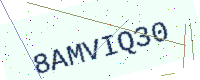
Text: 8AMVIQ30